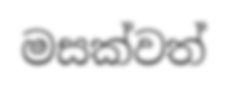
මසක්වත්